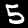
Digit: 5